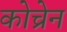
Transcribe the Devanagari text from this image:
कोच्रेन